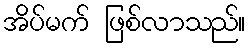
အိပ်မက် ဖြစ်လာသည်။